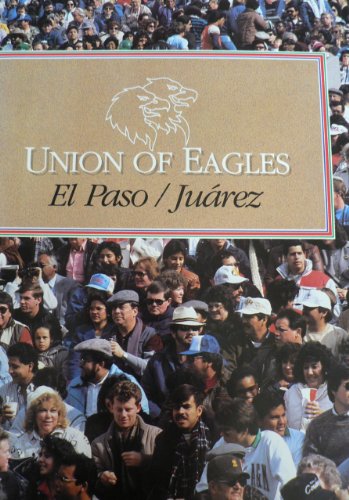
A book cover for Union of Eagles: El Paso-Juarez; Dena Hirsch; History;